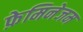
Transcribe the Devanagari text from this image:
फ़ेमिनेजम